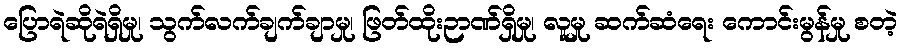
ပြောရဲဆိုရဲရှိမှု၊ သွက်လက်ချက်ချာမှု၊ ဖြတ်ထိုးဉာဏ်ရှိမှု၊ လူမှု ဆက်ဆံရေး ကောင်းမွန်မှု စတဲ့